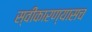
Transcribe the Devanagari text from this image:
स्वीकारण्यासच